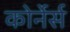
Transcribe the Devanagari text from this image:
कोर्नेर्स